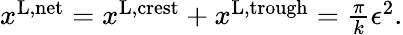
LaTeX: \begin{array}{r}{x^{\textnormal{L,net}}=x^{\textnormal{L,crest}}+x^{\textnormal{L,trough}}=\frac{\pi}{k}\epsilon^{2}.}\end{array}